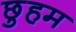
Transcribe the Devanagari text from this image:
छुहम